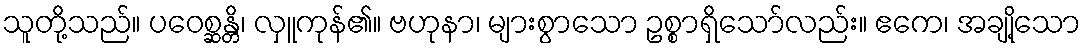
သူတို့သည်။ ပဝေစ္ဆန္တိ၊ လှူကုန်၏။ ဗဟုနာ၊ များစွာသော ဥစ္စာရှိသော်လည်း။ ဧကေ၊ အချို့သော